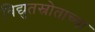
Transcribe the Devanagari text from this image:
विद्युतस्रोताच्या